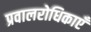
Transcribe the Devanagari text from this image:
प्रवालरोधिकाएँ